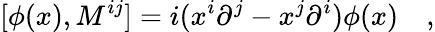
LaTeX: [\phi(x),M^{ij}]=i(x^{i}{\partial}^{j}-x^{j}{\partial}^{i})\phi(x)\quad,